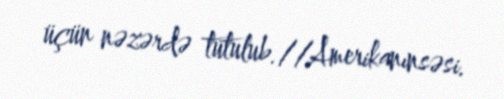
üçün nəzərdə tutulub.//Amerikanınsəsi.